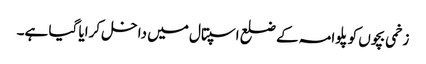
زخمی بچوں کو پلوامہ کے ضلع اسپتال میں داخل کرایا گیا ہے۔